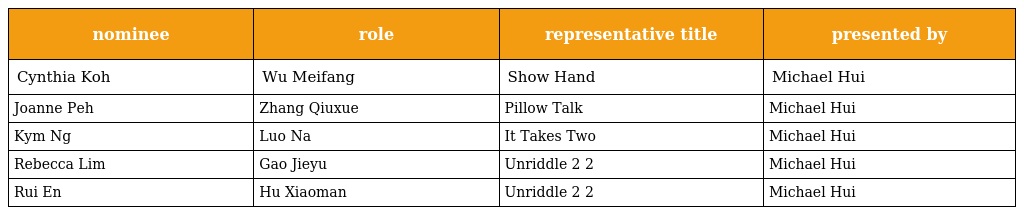
| nominee | role | representative title | presented by |
 | --- | --- | --- | --- |
 | Cynthia Koh 许美珍 | Wu Meifang 吴美芳 | Show Hand 注定 | Michael Hui 许冠文 |
 | Joanne Peh 白薇秀 | Zhang Qiuxue 张秋雪 | Pillow Talk 再见单人床 | Michael Hui 许冠文 |
 | Kym Ng 鐘琴 | Luo Na 罗娜 | It Takes Two 对对碰 | Michael Hui 许冠文 |
 | Rebecca Lim 林慧玲 | Gao Jieyu 高婕妤 | Unriddle 2 最火搭档2 | Michael Hui 许冠文 |
 | Rui En 瑞恩 | Hu Xiaoman 胡小曼 | Unriddle 2 最火搭档2 | Michael Hui 许冠文 |